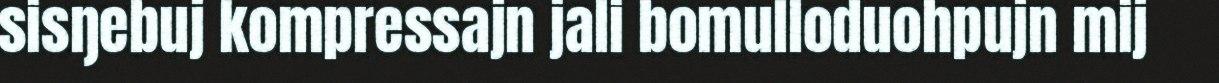
sisŋebuj kompressajn jali bomulloduohpujn mij